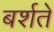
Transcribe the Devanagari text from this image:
बर्शते